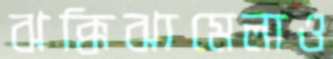
ঝক্কিঝামেলাও